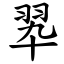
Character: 翆